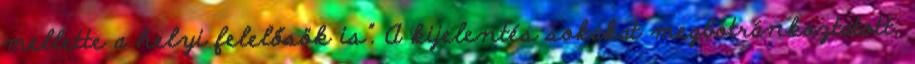
mellette a helyi felelősök is”. A kijelentés sokakat megbotránkoztatott.